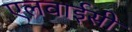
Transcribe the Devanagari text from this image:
एलवाईसी